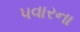
પવારના